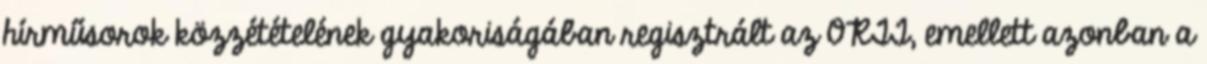
hírműsorok közzétételének gyakoriságában regisztrált az ORTT, emellett azonban a